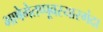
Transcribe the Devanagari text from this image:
भाषेगेतप्पूवरयारगंदा